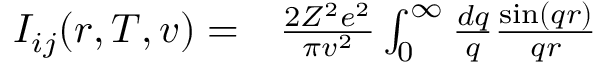
\begin{array} { r l } { I _ { i j } ( r , T , v ) = } & { { } \frac { 2 Z ^ { 2 } e ^ { 2 } } { \pi v ^ { 2 } } \int _ { 0 } ^ { \infty } \frac { d q } { q } \frac { \sin ( q r ) } { q r } } \end{array}